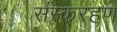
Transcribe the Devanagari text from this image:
संस्करहण